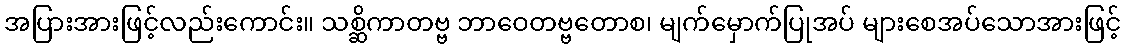
အပြားအားဖြင့်လည်းကောင်း။ သစ္ဆိကာတဗ္ဗ ဘာဝေတဗ္ဗတောစ၊ မျက်မှောက်ပြုအပ် များစေအပ်သောအားဖြင့်